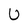
Character: U